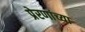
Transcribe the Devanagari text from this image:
प्रेरणांच्या